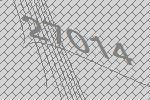
27014